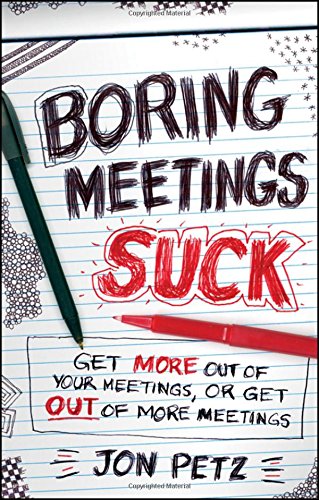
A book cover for Boring Meetings Suck: Get More Out of Your Meetings, or Get Out of More Meetings; Jon Petz; Business & Money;